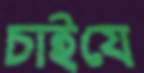
চাইযে